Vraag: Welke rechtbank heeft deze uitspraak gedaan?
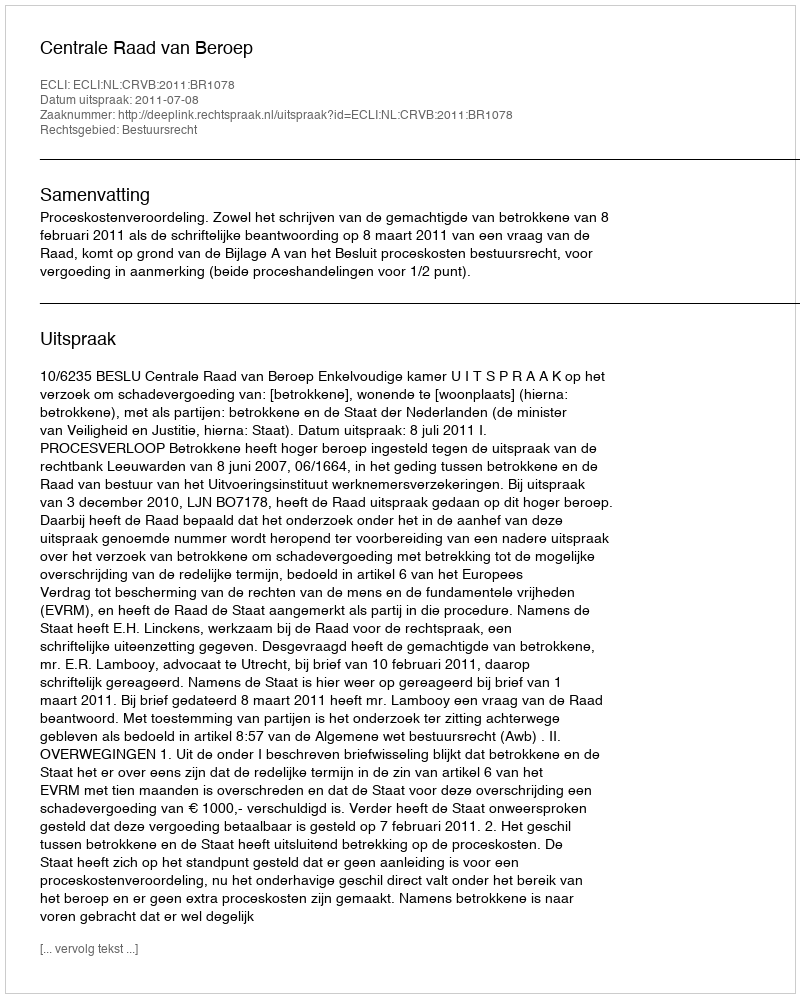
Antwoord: Centrale Raad van Beroep